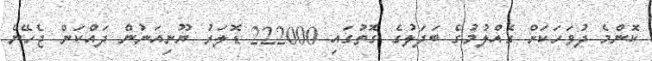
ކޮންމެ ދުވަހަކަށް ގެއްލުމުގެ ބަދަލުގެ ގޮތުގައި 222000 ޑޮލަރު ޔޫނިއަނުން ދައްކަން ޖެހޭނެ